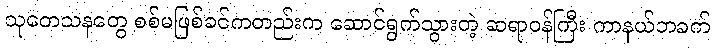
သုတေသနတွေ စစ်မဖြစ်ခင်ကတည်းက ဆောင်ရွက်သွားတဲ့ ဆရာဝန်ကြီး ကာနယ်ဘခက်